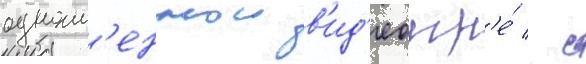
одноим'еннои в'ид'еоигр'е́ / с